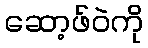
ဆော့ဖ်ဝဲကို